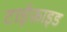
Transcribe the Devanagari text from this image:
टाईफ़ाइड